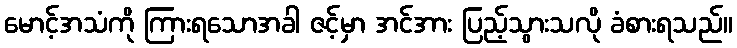
မောင့်အသံကို ကြားရသောအခါ ဇင့်မှာ အင်အား ပြည့်သွားသလို ခံစားရသည်။